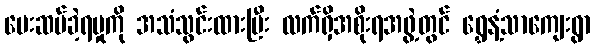
ပေးဆပ်ခဲ့ရမှုကို အသံသွင်းထားပြီး လက်ရှိအစိုးရအဖွဲ့တွင် ရွှေနံ့သာကျေးရွာ